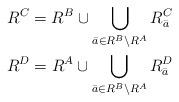
LaTeX: \begin{gather*}R^C = R^B \cup \bigcup_{\bar{a}\in R^B\setminus R^A} R^C_{\bar{a}}\\R^D = R^A \cup \bigcup_{\bar{a}\in R^B\setminus R^A} R^D_{\bar{a}}\end{gather*}